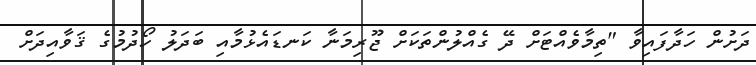
ދަށުން ހަދާފައިވާ "ތިމާވެއްޓަށް ދޭ ގެއްލުންތަކަށް ޖޫރިމަނާ ކަނޑައެޅުމާއި ބަދަލު ހޯދުމުގެ ޤަވާއިދަށް